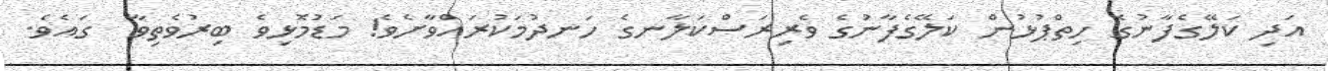
އަދި ކަލޭގެފާނުގެ ހިތްޕުޅުން ކަލޭގެފާނުގެ ވެރިރަސްކަލާނގެ ހަނދުމަކުރައްވާށެވެ! މަޑުމޮޅިވެ ބިރުވެތިވާ  ގައެވެ.